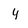
Character: y